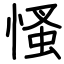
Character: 慅